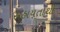
સહાયતાથી